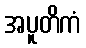
အပူတိကံ